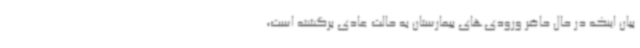
بیان اینکه در حال حاضر ورودی‌های بیمارستان به حالت عادی برگشته است،